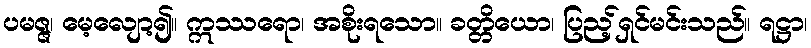
ပမဇ္ဇ၊ မေ့လျော့၍။ ဣဿရော၊ အစိုးရသော။ ခတ္တိယော၊ ပြည့်ရှင်မင်းသည်။ ရဋ္ဌာ၊